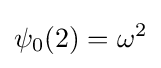
\psi _{0}(2)=\omega ^{2}